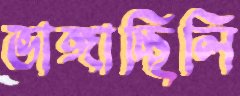
ভাঙ্গাচ্ছিলি